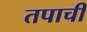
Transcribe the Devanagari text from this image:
तपाची